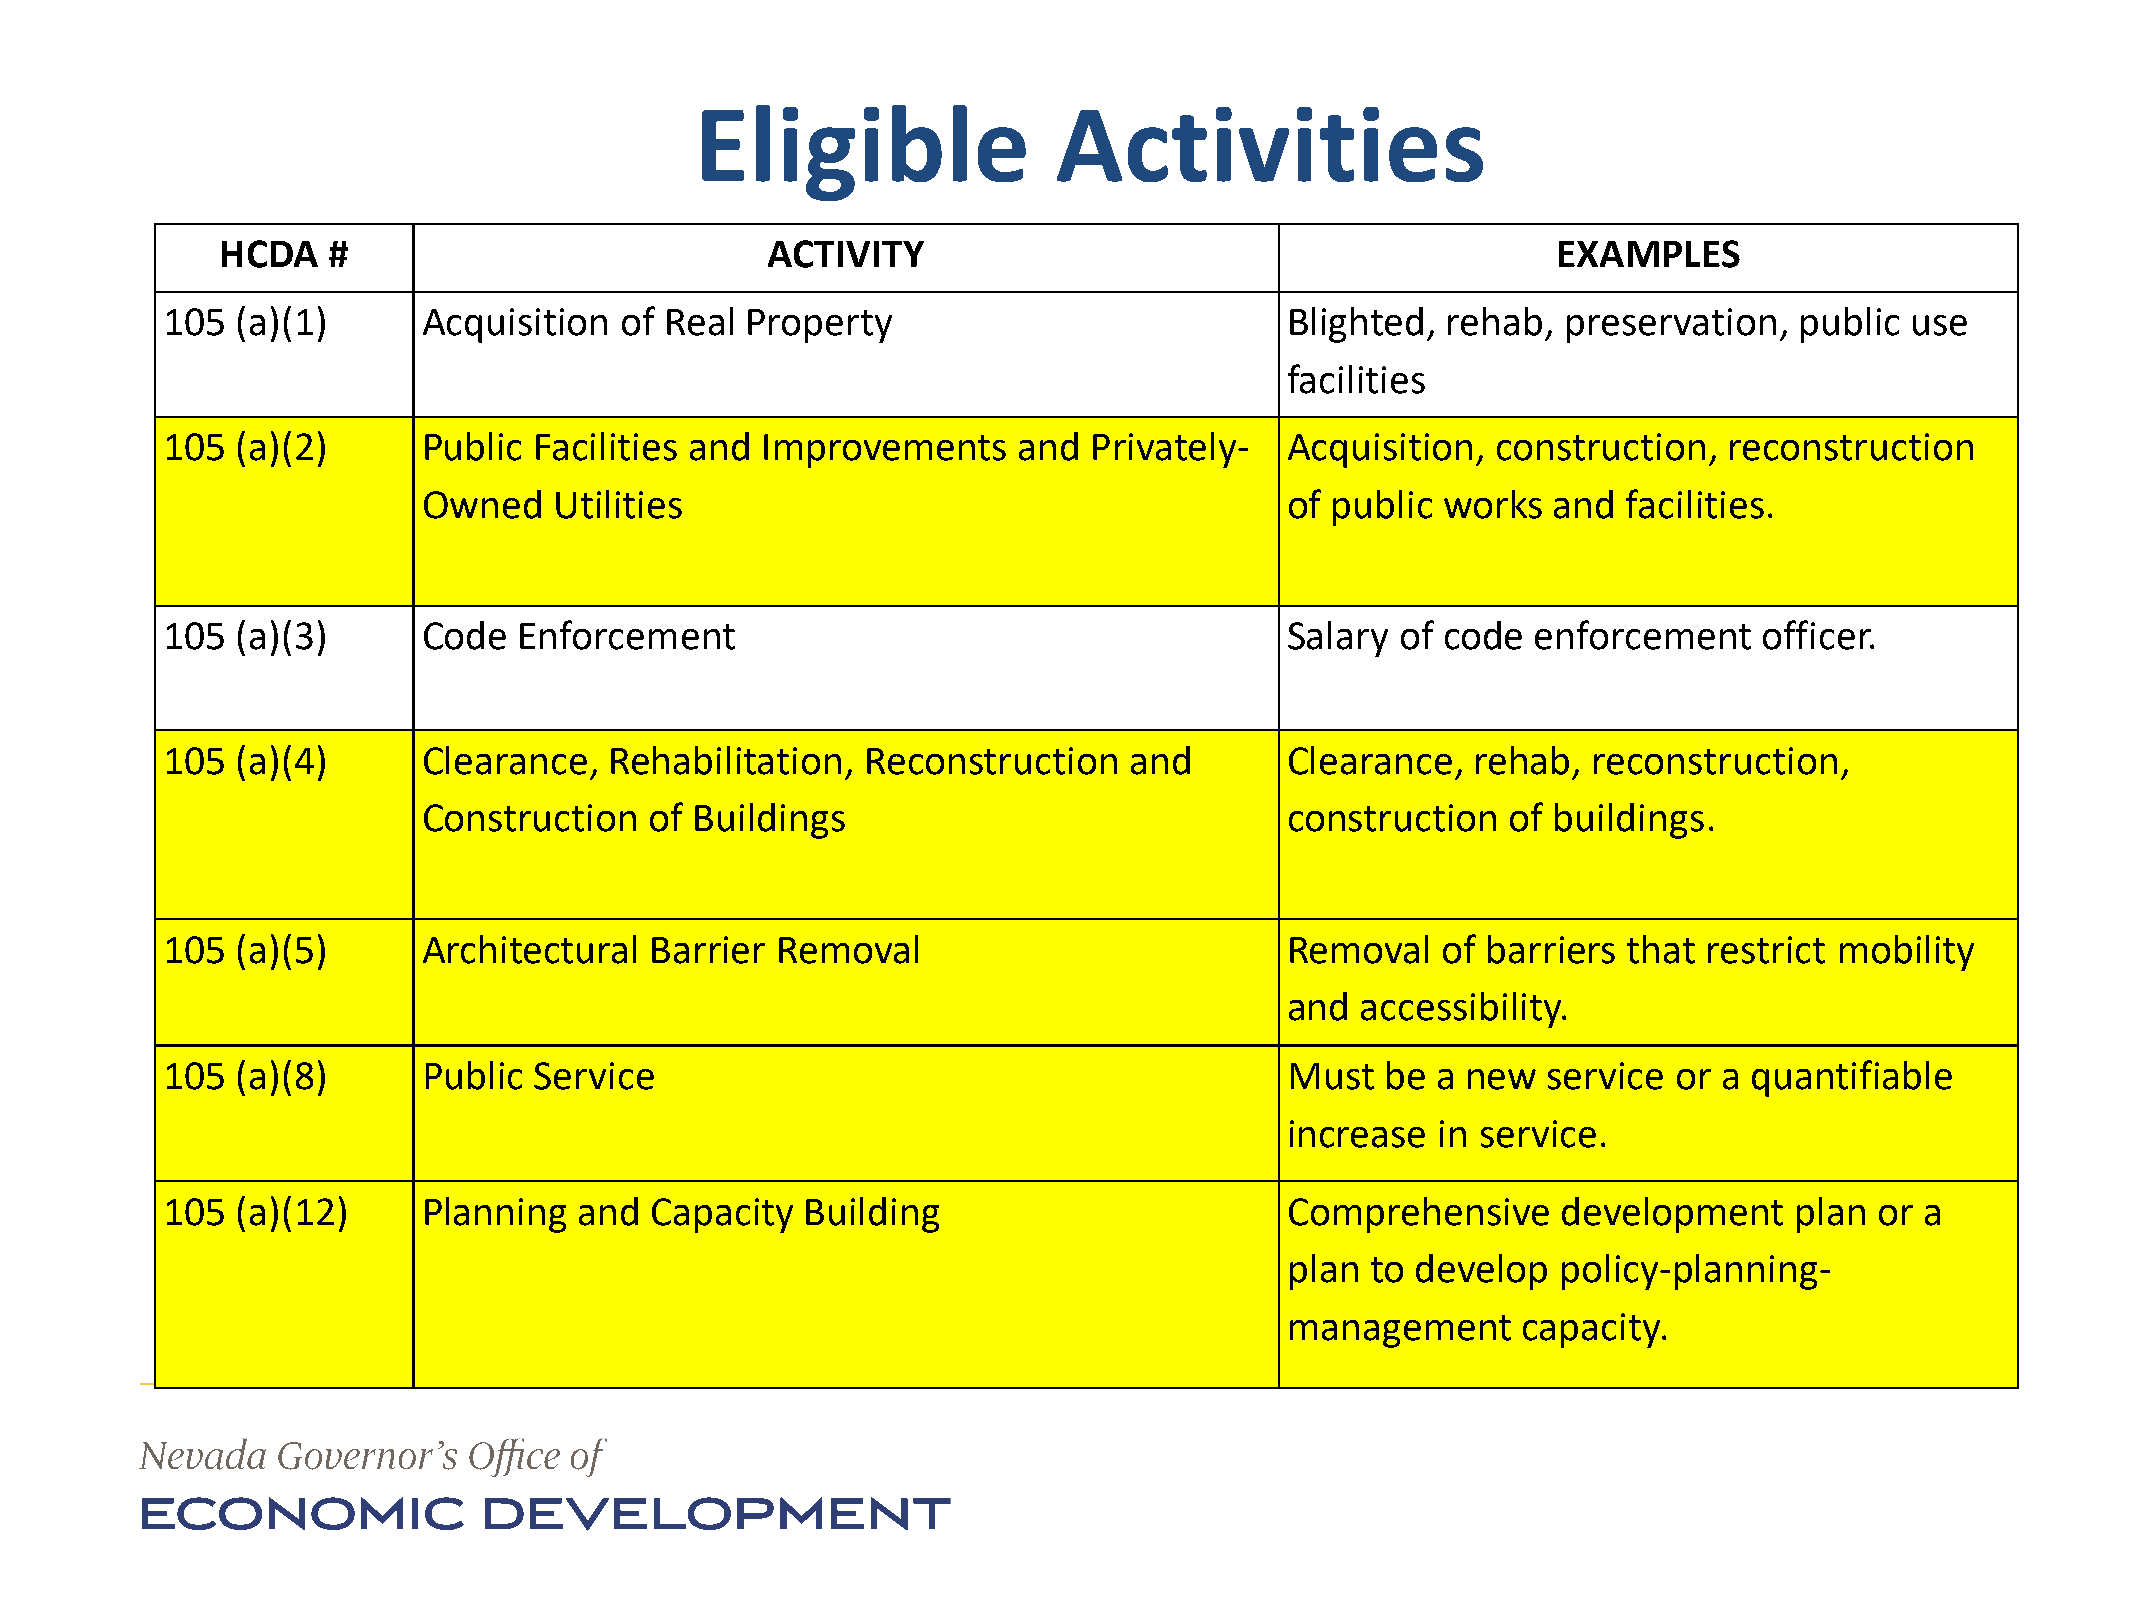
Eligible                Activities
 HCDA   #                            ACTIVITY                                            EXAMPLES
 105  (a)(1)      Acquisition  of Real Property                            Blighted,  rehab,  preservation,  public use
 facilities
 105  (a)(2)      Public Facilities and Improvements     and  Privately-   Acquisition,  construction,  reconstruction
 Owned    Utilities                                       of public  works  and  facilities.
 105  (a)(3)      Code  Enforcement                                        Salary  of code  enforcement    officer.
 105  (a)(4)      Clearance,  Rehabilitation,  Reconstruction    and       Clearance,   rehab, reconstruction,
 Construction   of Buildings                              construction   of buildings.
 105  (a)(5)      Architectural  Barrier Removal                           Removal   of barriers  that restrict mobility
 and  accessibility.
 105  (a)(8)      Public Service                                           Must   be a new  service  or a quantifiable
 increase  in service.
 105  (a)(12)     Planning  and  Capacity  Building                        Comprehensive     development     plan or a
 plan  to develop  policy-planning-
 management      capacity.